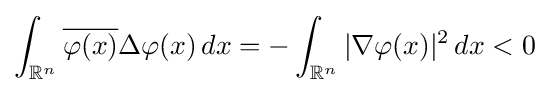
\int _{\mathbb {R} ^{n}}{\overline {\varphi (x)}}\Delta \varphi (x)\,dx=-\int _{\mathbb {R} ^{n}}|\nabla \varphi (x)|^{2}\,dx<0